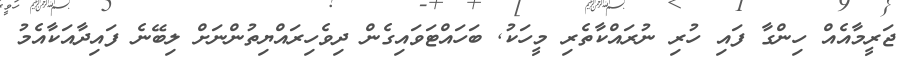
ޖަރީމާއެއް ހިންގާ ފައި ހުރި ނުރައްކާތެރި މީހަކު